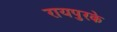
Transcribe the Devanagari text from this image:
रायपुरके